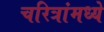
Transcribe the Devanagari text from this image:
चरित्रांमध्ये